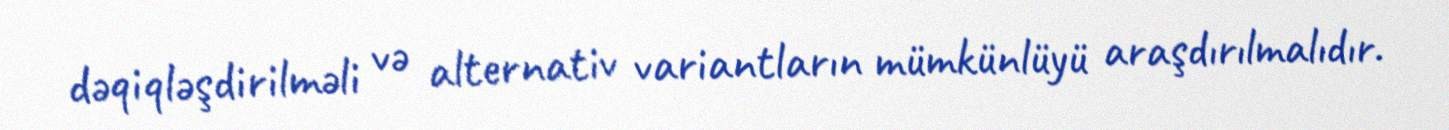
dəqiqləşdirilməli və alternativ variantların mümkünlüyü araşdırılmalıdır.